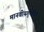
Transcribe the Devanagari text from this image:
मानवीयगुणोपेत